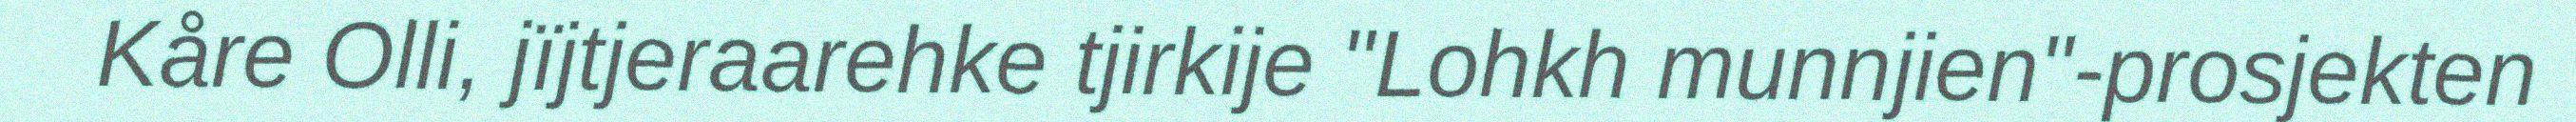
Kåre Olli, jïjtjeraarehke tjirkije "Lohkh munnjien"-prosjekten